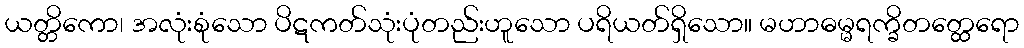
ယတ္တိကော၊ အလုံးစုံသော ပိဋကတ်သုံးပုံတည်းဟူသော ပရိယတ်ရှိသော။ မဟာဓမ္မရက္ခိတတ္ထေရော